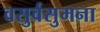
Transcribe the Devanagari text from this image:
वसुर्वसुमना